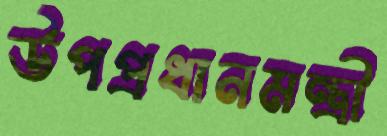
উপপ্রধানমন্ত্রী